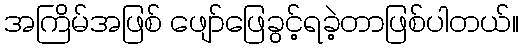
အကြိမ်အဖြစ် ဖျော်ဖြေခွင့်ရခဲ့တာဖြစ်ပါတယ်။